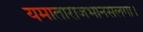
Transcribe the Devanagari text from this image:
यमाताराजभानसलगा।